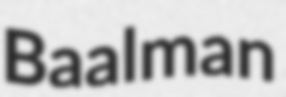
Baalman